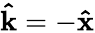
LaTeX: \boldsymbol{\hat{\textbf{k}}}=-\boldsymbol{\hat{\textbf{x}}}